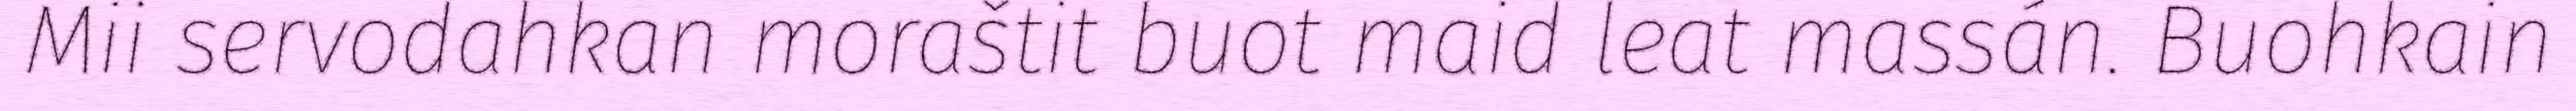
Mii servodahkan moraštit buot maid leat massán. Buohkain